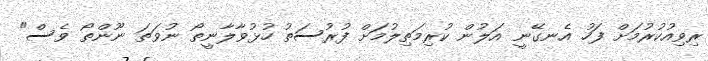
ރިވިއުކުރުމަށް ފަހު އެނގޭނީ އަލުން ކުރިމަތިލުމަށް ފުރުސަތު ހުޅުވާލާނީތޯ ނުވަތަ ނޫންތޯ ވެސް"